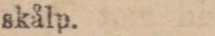
skålp.